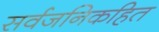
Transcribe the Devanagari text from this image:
सर्वजनिकहित